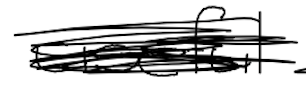
Text: useful
Cross-out: scratch
Writing tool: digital_black